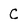
Character: C